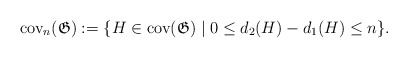
\begin{align*}\mathrm{cov}_n(\mathfrak{G}):=\lbrace H\in\mathrm{cov}(\mathfrak{G})\mid 0\le d_2(H)-d_1(H)\le n\rbrace.\end{align*}